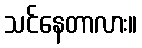
သင်နေတာလား။